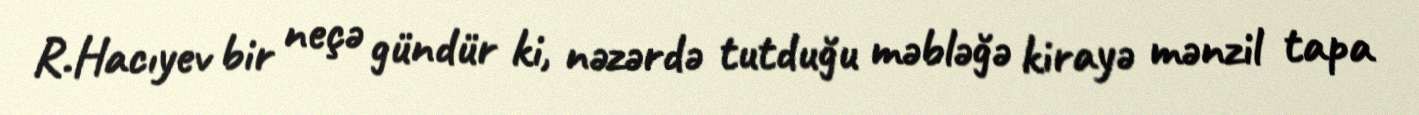
R.Hacıyev bir neçə gündür ki, nəzərdə tutduğu məbləğə kirayə mənzil tapa